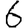
Digit: 6